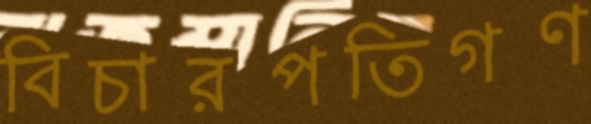
বিচারপতিগণ